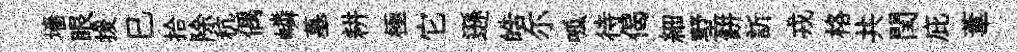
墻眼援巳拾除秔偶嶙墓耕極它遜皓尓呱待偈細墅餅訢戎格共閏庇葦